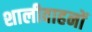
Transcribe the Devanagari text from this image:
शालीवाहनों